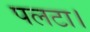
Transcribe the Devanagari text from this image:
पलटा।